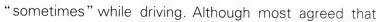
"sometimes" while driving. Although most agreed that